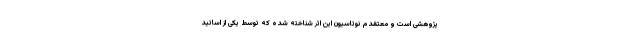
پژوهشی است و معتقدم نوتاسیون این اثرِ شناخته شده که توسط یکی از اساتید